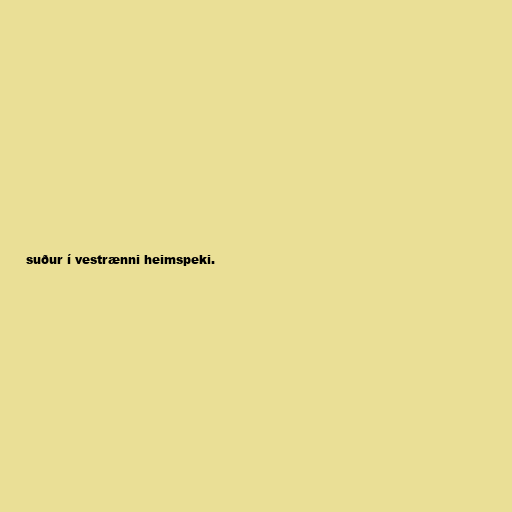
suður í vestrænni heimspeki.